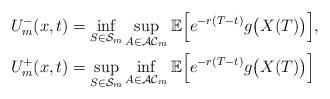
LaTeX: \begin{align*}U_m^-(x,t)&=\inf_{S\in \mathcal{S}_m}\sup_{A\in \mathcal{AC}_m} \mathbb E \Big[e^{-r(T-t)}g\big(X(T)\big)\Big], \\U_m^+(x,t)&=\sup_{S\in \mathcal{S}_m}\inf_{A\in \mathcal{AC}_m} \mathbb E \Big[e^{-r(T-t)}g\big(X(T)\big)\Big]\end{align*}